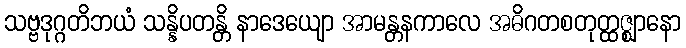
သဗ္ဗဒုဂ္ဂတိဘယံ သန္နိပတန္တိ နာဒေယျော အာမန္တနကာလေ အဓိဂတစတုတ္ထဇ္ဈာနော